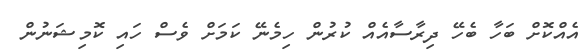
އެއްކޮށް ބަހާ ބެހޭ ދިރާސާއެއް ކުރުން ހިމެނޭ ކަމަށް ވެސް ހައި ކޮމިޝަނުން